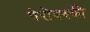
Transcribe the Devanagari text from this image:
पेरोवस्की